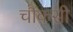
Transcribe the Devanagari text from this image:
चौंकसी